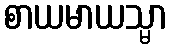
စာယမာယသ္မာ